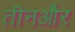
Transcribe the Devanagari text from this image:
तीनऔर